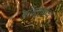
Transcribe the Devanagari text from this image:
बाँबमुळेच